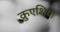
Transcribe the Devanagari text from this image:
क्रुएशिया